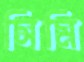
সিমি